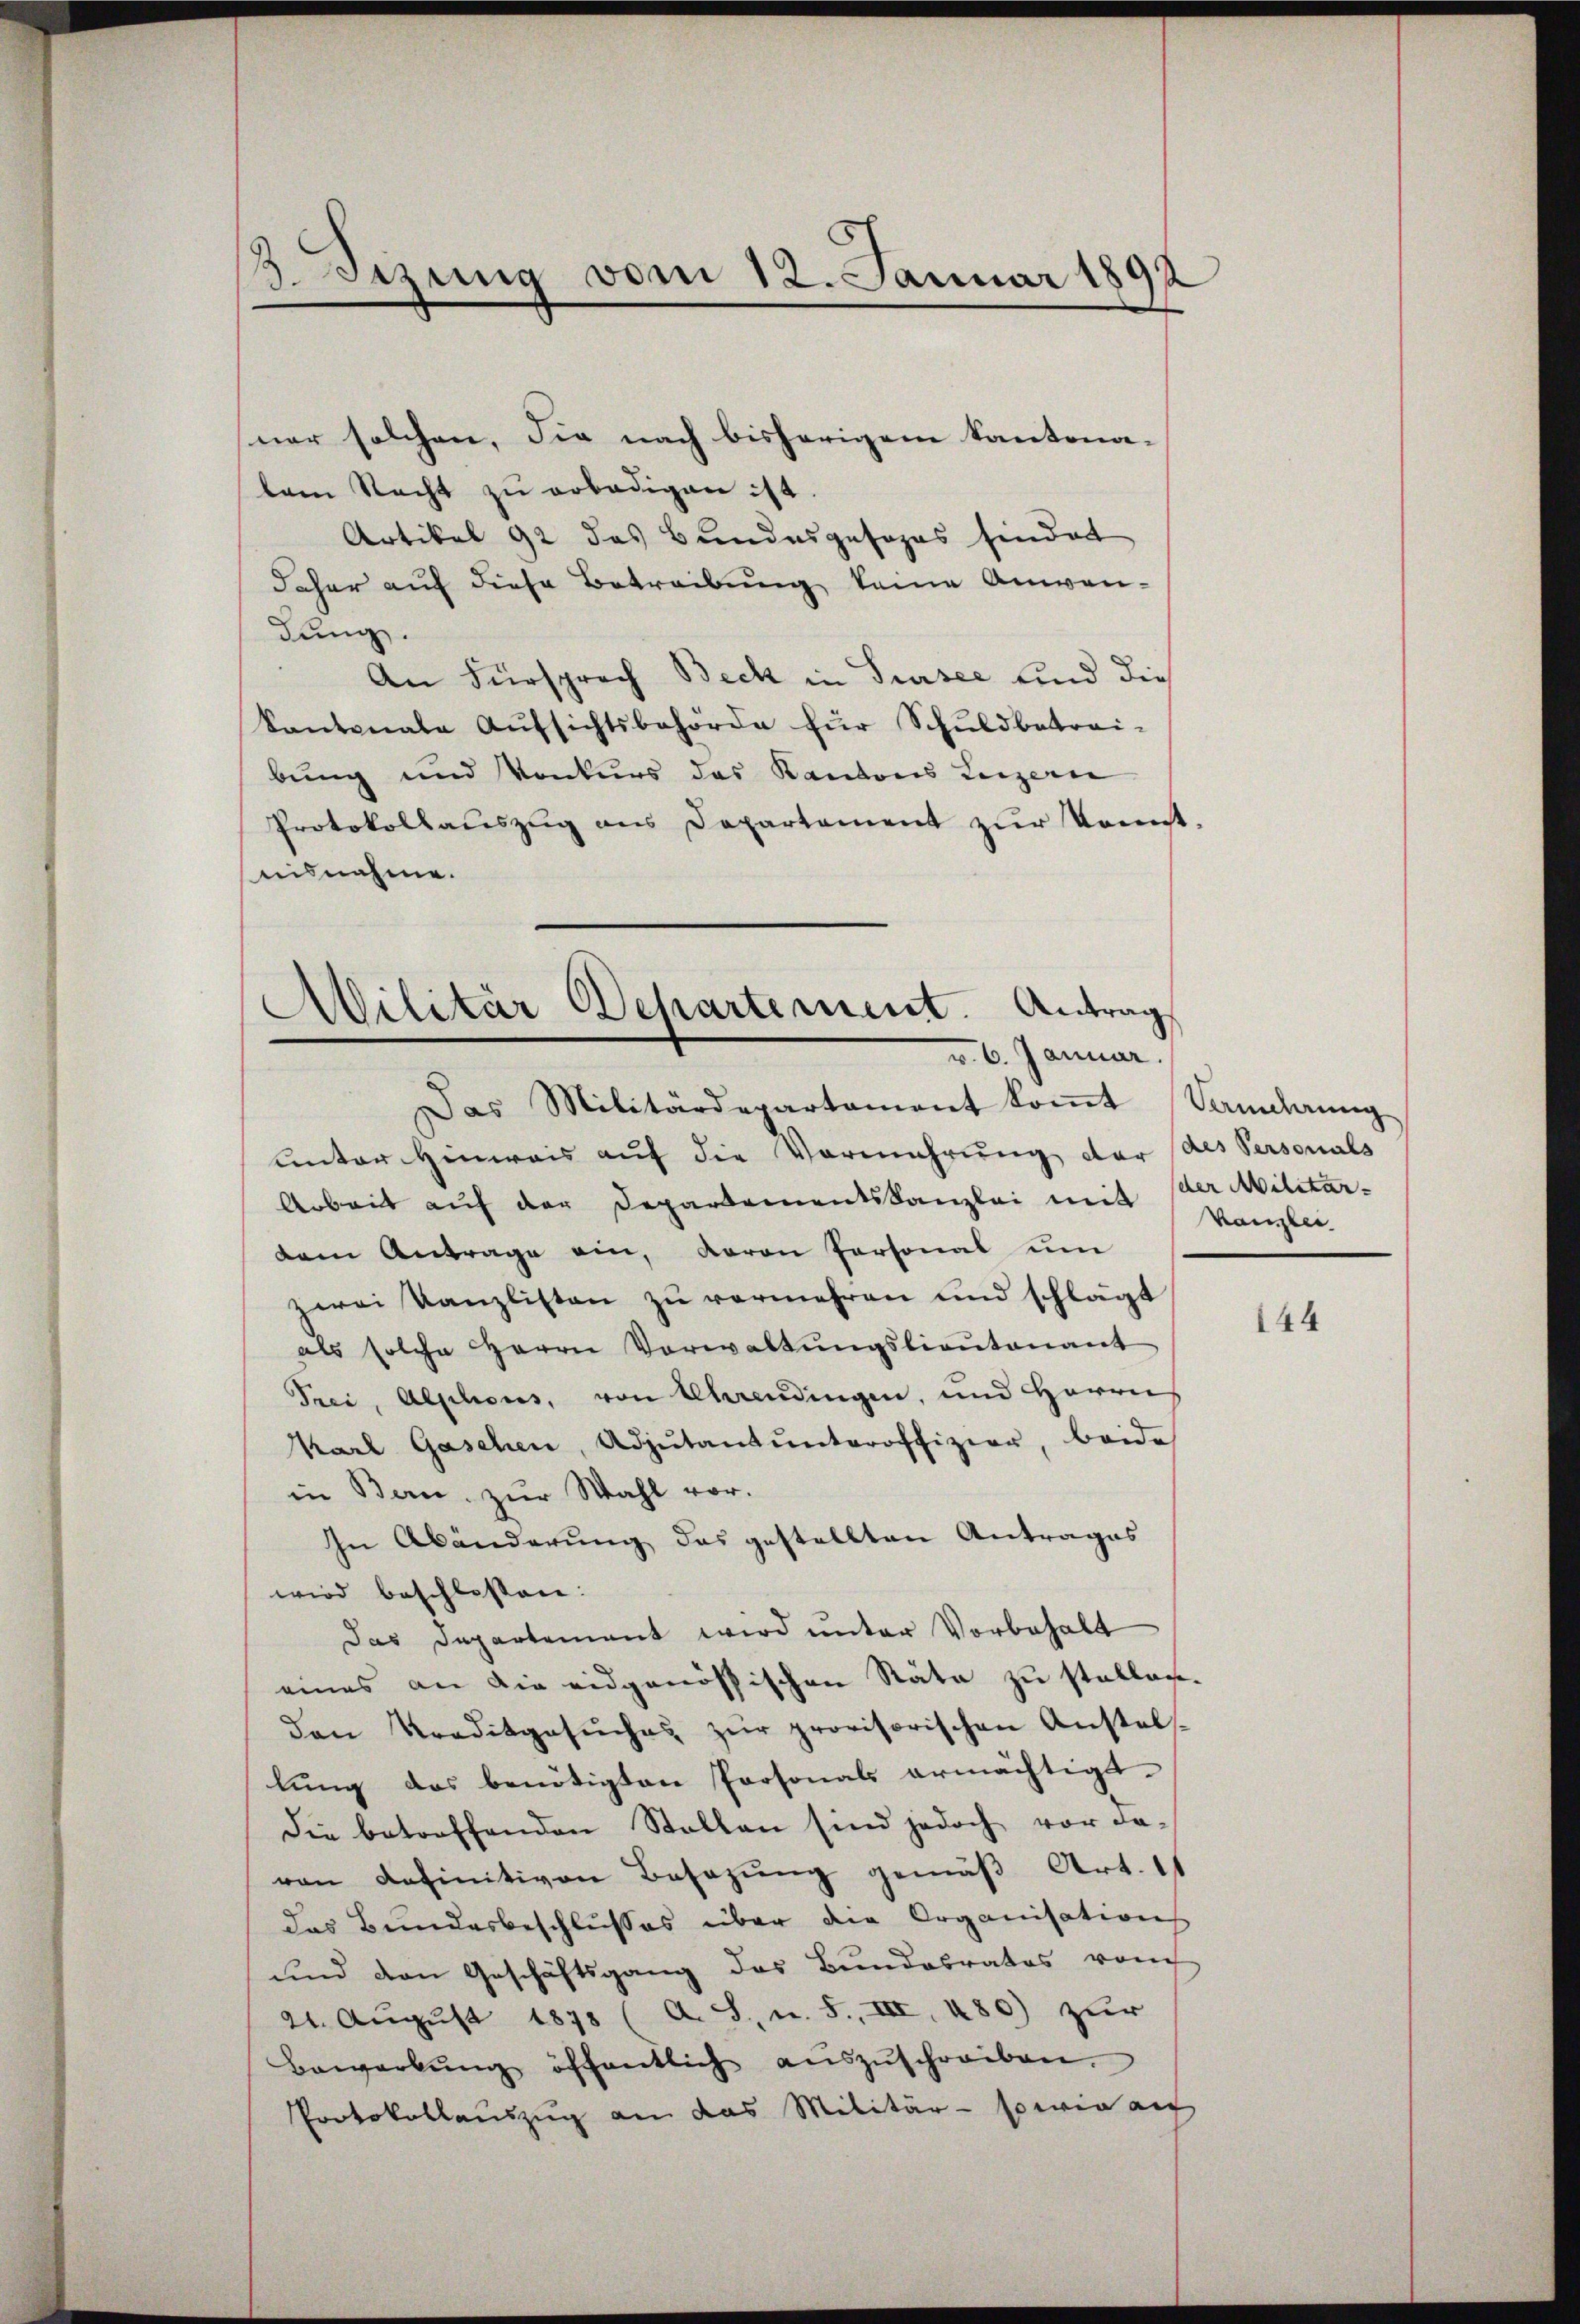
sizung vom 12. Januar 1892

ner solchen, die nach bisherigem Kantona-
lem Recht zŭ erledigen ist.
Artikel 92 das Bundesgesopas findet
daher auf diese Betreibung keine Anwendung.
An Fürsprach Beck in Sursee und dies
kantonale Aŭfsichtsbehörde für Schuldbetrei-
bung und Konkurs das Kantons Luzern
Protokollauszug aus Departement zŭr Konst.
uisnahme.

Militär Departement. Antrag
v. 6. Januar.

Das Militärdepartament koṁt Samlung
unter Hinweis auf die Vermehrung der des Personals
Arbeit auf der Departementskanzlei mit der Militär-
dem Antrage ein, Baron Personal um
zwei Kanzlisten zu vermehren und schlägt
als solche Herrn Vorwaltŭngslieŭtenant
Trei, Alphons, von Ulaendingen, und Herrn
Karl Gaschen, Adjutantŭnteroffizier, beide
in Bern zur Wahl vor.
In Abänderung des gestellten Antrages
wird beschlossen:
Das Departement wird unter Vorbehalt
eines an die eidgenössischen Räte zu stellen.
Den Traditgesŭches zŭr provisorischen Anstels-
lung des benötigten Personals ermächtigt.
die betreffenden Stallen sind jedoch vor da-
von definitiven Besazung gemäß Art. 11
das Bundesbeschlusses über die Organisation
und den Geschäftsgang des Bundesrates vom
24. August 1878 (A. S., n. 5., III, 280) zur
Bewerbŭng öffentlich aŭszŭschreiben.
Protokollauszug an das Militär - so wie auf

Kanzlei.

144